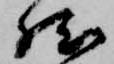
然